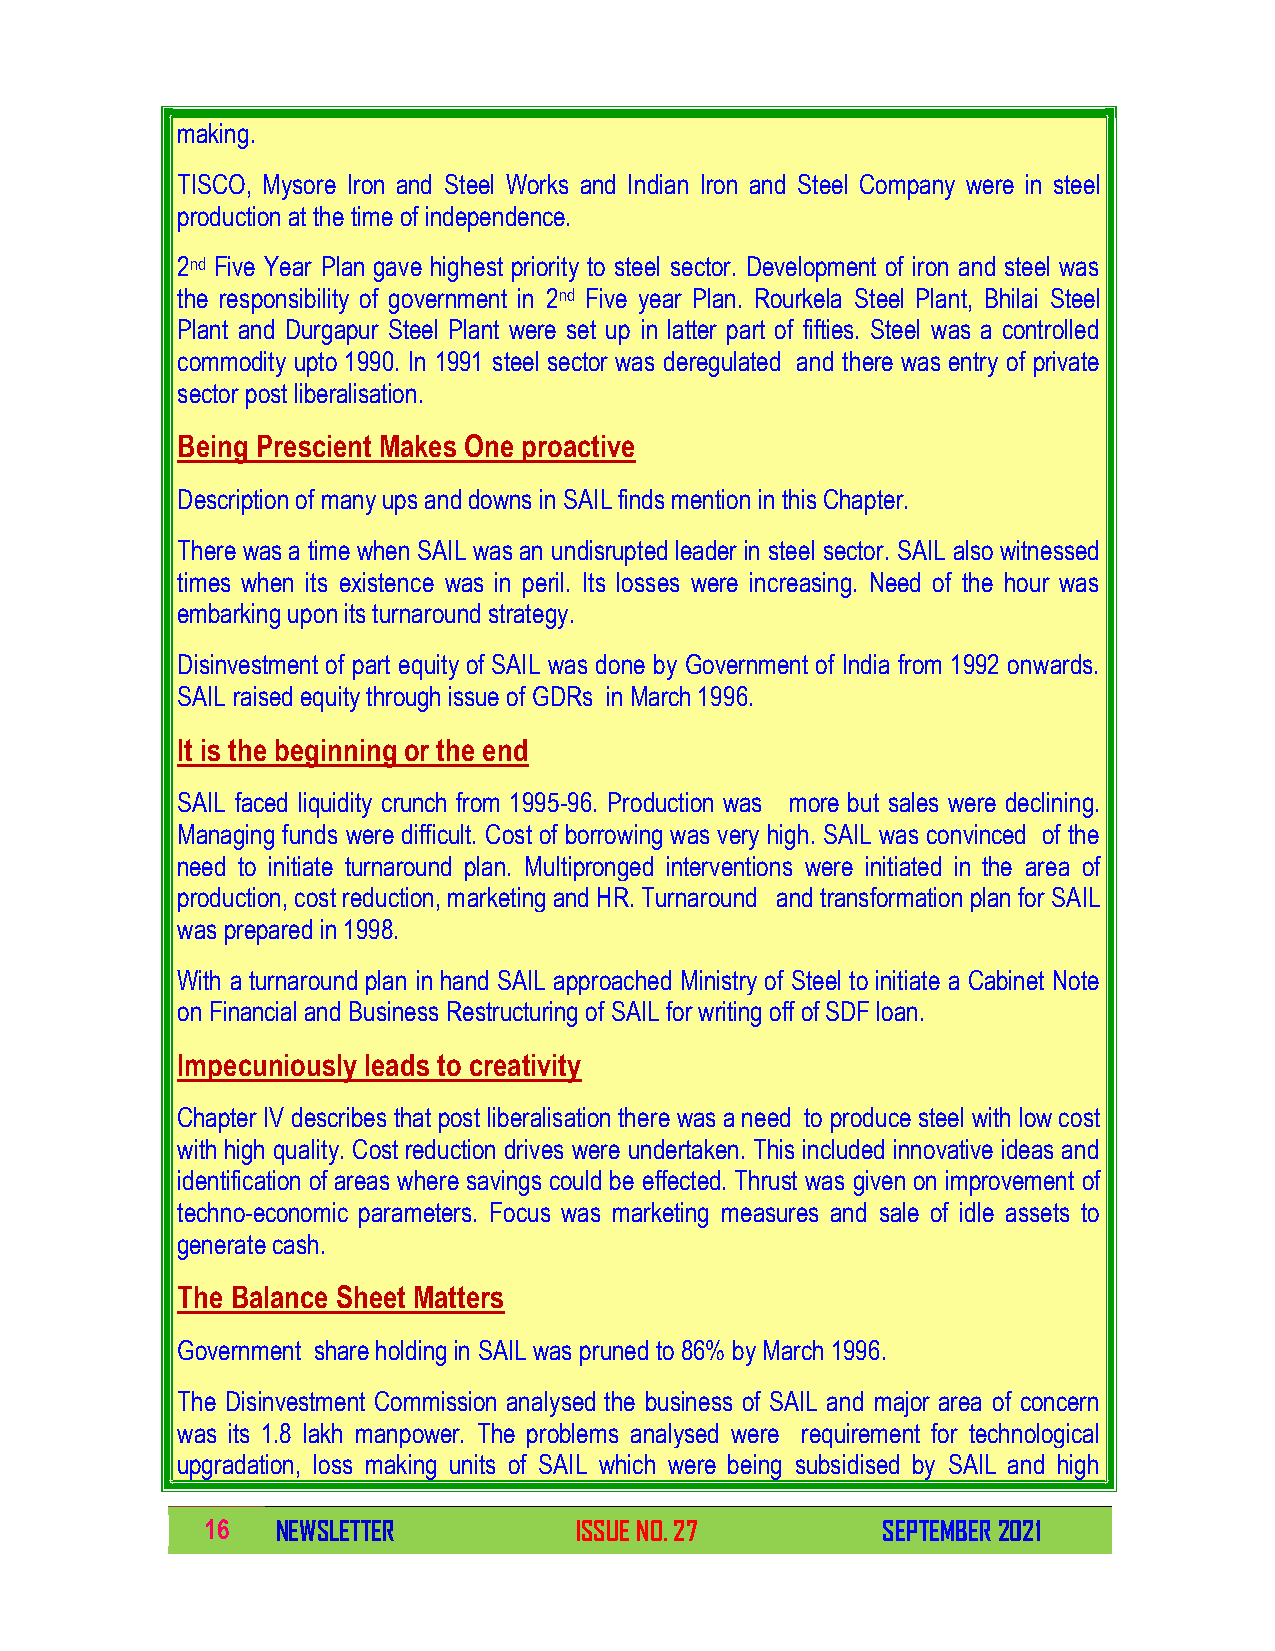
making.
 TISCO, Mysore Iron and Steel Works and Indian Iron and Steel Company were in steel
 production at the time of independence.
 2nd Five Year Plan gave highest priority to steel sector. Development of iron and steel was
 the responsibility of government in 2nd Five year Plan. Rourkela Steel Plant, Bhilai Steel
 Plant and Durgapur Steel Plant were set up in latter part of fifties. Steel was a controlled
 commodity upto 1990. In 1991 steel sector was deregulated and there was entry of private
 sector post liberalisation.
 Being Prescient Makes One proactive
 Description of many ups and downs in SAIL finds mention in this Chapter.
 There was a time when SAIL was an undisrupted leader in steel sector. SAIL also witnessed
 times when its existence was in peril. Its losses were increasing. Need of the hour was
 embarking upon its turnaround strategy.
 Disinvestment of part equity of SAIL was done by Government of India from 1992 onwards.
 SAIL raised equity through issue of GDRs in March 1996.
 It is the beginning or the end
 SAIL faced liquidity crunch from 1995-96. Production was more but sales were declining.
 Managing funds were difficult. Cost of borrowing was very high. SAIL was convinced of the
 need to initiate turnaround plan. Multipronged interventions were initiated in the area of
 production, cost reduction, marketing and HR. Turnaround and transformation plan for SAIL
 was prepared in 1998.
 With a turnaround plan in hand SAIL approached Ministry of Steel to initiate a Cabinet Note
 on Financial and Business Restructuring of SAIL for writing off of SDF loan.
 Impecuniously leads to creativity
 Chapter IV describes that post liberalisation there was a need to produce steel with low cost
 with high quality. Cost reduction drives were undertaken. This included innovative ideas and
 identification of areas where savings could be effected. Thrust was given on improvement of
 techno-economic parameters. Focus was marketing measures and sale of idle assets to
 generate cash.
 The Balance Sheet Matters
 Government share holding in SAIL was pruned to 86% by March 1996.
 The Disinvestment Commission analysed the business of SAIL and major area of concern
 was its 1.8 lakh manpower. The problems analysed were requirement for technological
 upgradation, loss making units of SAIL which were being subsidised by SAIL and high
 16  NEWSLETTER          ISSUE NO. 27        SEPTEMBER 2021